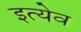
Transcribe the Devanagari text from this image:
इत्येव